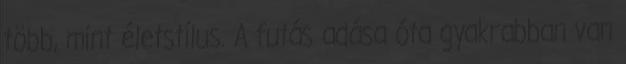
több, mint életstílus. A futás adása óta gyakrabban van